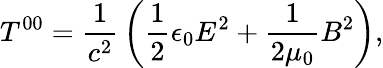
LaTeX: T^{00}={\frac{1}{c^{2}}}\left({\frac{1}{2}}\epsilon_{0}E^{2}+{\frac{1}{2\mu_{0}}}B^{2}\right),